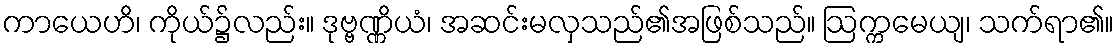
ကာယေဟိ၊ ကိုယ်၌လည်း။ ဒုဗ္ဗဏ္ဏိယံ၊ အဆင်းမလှသည်၏အဖြစ်သည်။ ဩက္ကမေယျ၊ သက်ရာ၏။